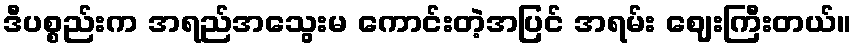
ဒီပစ္စည်းက အရည်အသွေးမ ကောင်းတဲ့အပြင် အရမ်း ဈေးကြီးတယ်။